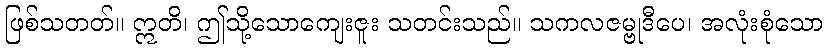
ဖြစ်သတတ်။ ဣတိ၊ ဤသို့သောကျေးဇူး သတင်းသည်။ သကလဇမ္ဗုဒီပေ၊ အလုံးစုံသော